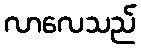
လာလေသည်